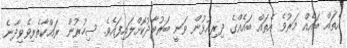
އެތައް ބައެއް މަރުވެ އެތައް ބައެއްގެ ދިރިއުޅުން ވަނީ ބަރުބާދުކޮށްލައިފައެވެ. ސިހުރުން ރައްކާތެރިވެވިދާނެ